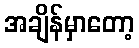
အချိန်မှာတော့